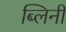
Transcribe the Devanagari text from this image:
ब्लिनी